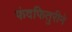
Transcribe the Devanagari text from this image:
फंदफितुरीने